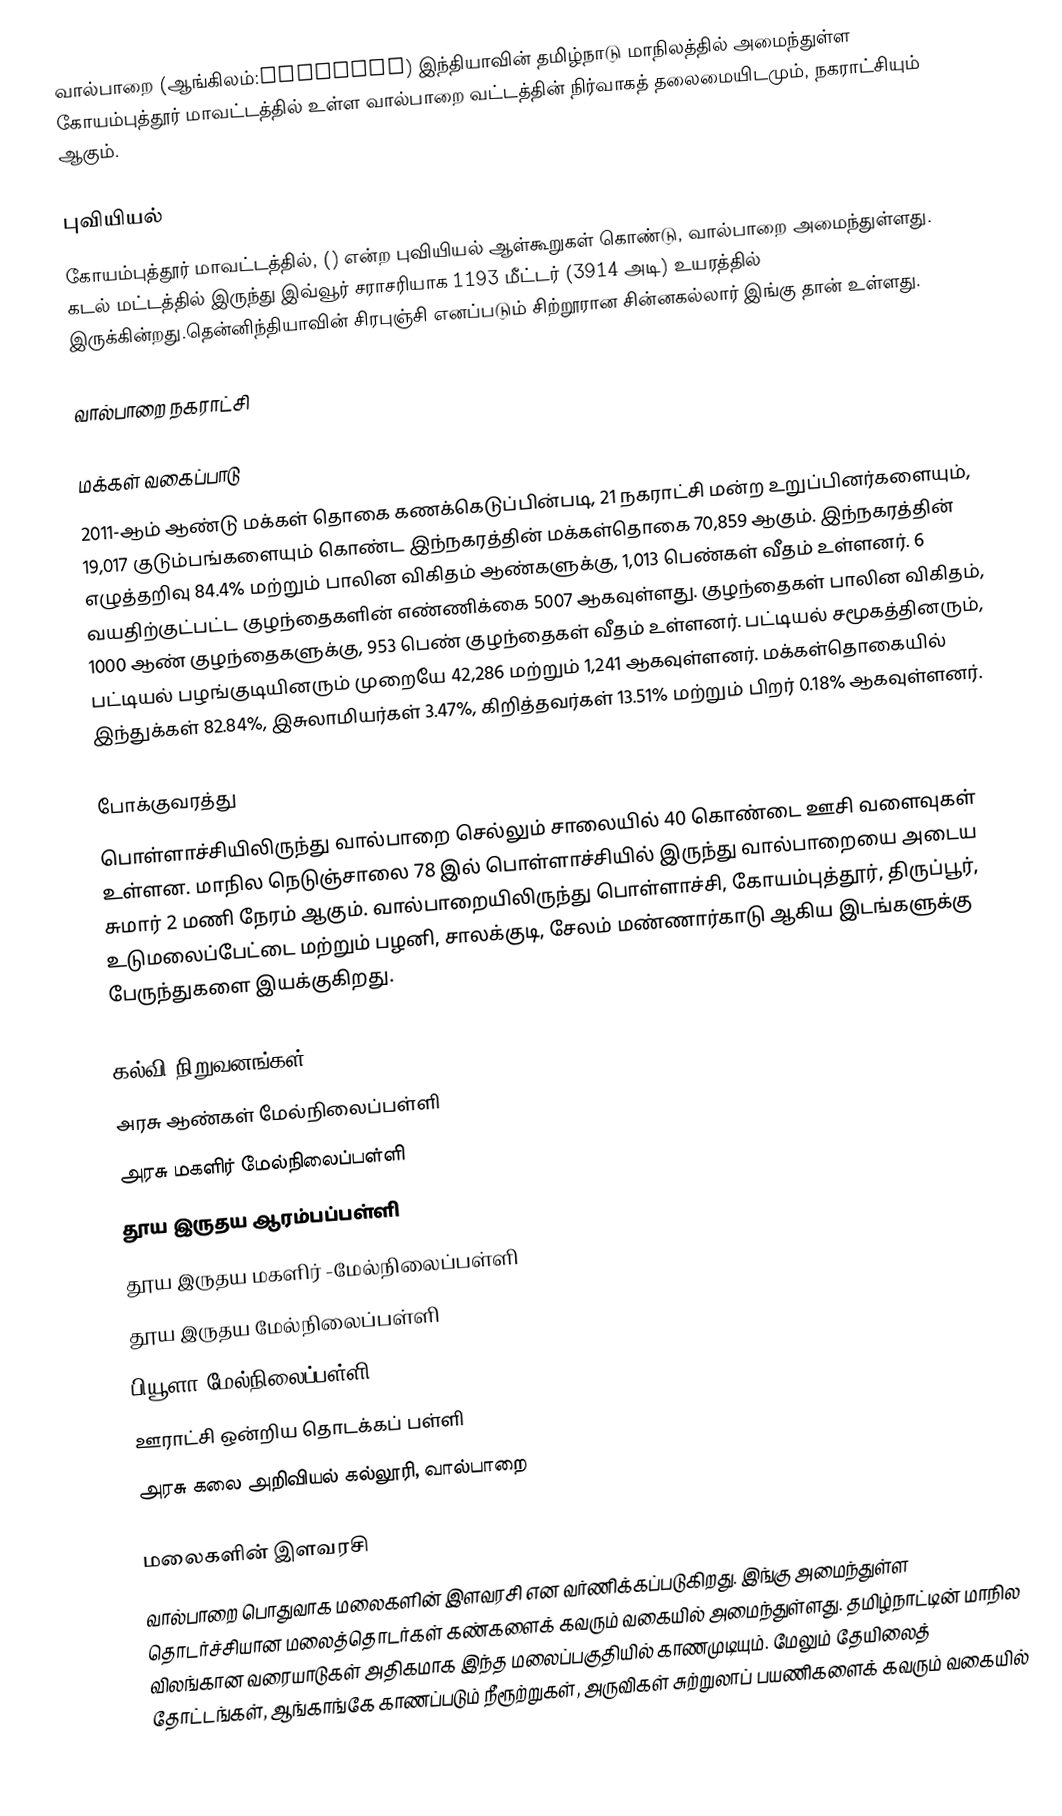
வால்பாறை (ஆங்கிலம்:Valparai) இந்தியாவின் தமிழ்நாடு மாநிலத்தில் அமைந்துள்ள கோயம்புத்தூர் மாவட்டத்தில் உள்ள வால்பாறை வட்டத்தின் நிர்வாகத் தலைமையிடமும், நகராட்சியும் ஆகும்.

புவியியல்
கோயம்புத்தூர் மாவட்டத்தில், () என்ற புவியியல் ஆள்கூறுகள் கொண்டு, வால்பாறை அமைந்துள்ளது. கடல் மட்டத்தில் இருந்து இவ்வூர் சராசரியாக 1193 மீட்டர் (3914 அடி) உயரத்தில் இருக்கின்றது.தென்னிந்தியாவின் சிரபுஞ்சி எனப்படும் சிற்றூரான சின்னகல்லார் இங்கு தான் உள்ளது.

வால்பாறை நகராட்சி

மக்கள் வகைப்பாடு
2011-ஆம் ஆண்டு மக்கள் தொகை கணக்கெடுப்பின்படி, 21 நகராட்சி மன்ற உறுப்பினர்களையும், 19,017 குடும்பங்களையும் கொண்ட இந்நகரத்தின் மக்கள்தொகை 70,859 ஆகும். இந்நகரத்தின் எழுத்தறிவு 84.4% மற்றும் பாலின விகிதம் ஆண்களுக்கு, 1,013 பெண்கள் வீதம் உள்ளனர். 6 வயதிற்குட்பட்ட குழந்தைகளின் எண்ணிக்கை 5007 ஆகவுள்ளது. குழந்தைகள் பாலின விகிதம், 1000 ஆண் குழந்தைகளுக்கு,  953 பெண் குழந்தைகள் வீதம் உள்ளனர். பட்டியல் சமூகத்தினரும், பட்டியல் பழங்குடியினரும் முறையே 42,286 மற்றும் 1,241 ஆகவுள்ளனர். மக்கள்தொகையில் இந்துக்கள் 82.84%,  இசுலாமியர்கள் 3.47%, கிறித்தவர்கள்  13.51% மற்றும்  பிறர் 0.18% ஆகவுள்ளனர்.

போக்குவரத்து
பொள்ளாச்சியிலிருந்து வால்பாறை செல்லும் சாலையில் 40 கொண்டை ஊசி வளைவுகள் உள்ளன. மாநில நெடுஞ்சாலை 78 இல் பொள்ளாச்சியில் இருந்து வால்பாறையை அடைய சுமார் 2 மணி நேரம் ஆகும். வால்பாறையிலிருந்து பொள்ளாச்சி, கோயம்புத்தூர், திருப்பூர், உடுமலைப்பேட்டை மற்றும் பழனி, சாலக்குடி,   சேலம் மண்ணார்காடு ஆகிய இடங்களுக்கு பேருந்துகளை இயக்குகிறது.

கல்வி நிறுவனங்கள்
 அரசு ஆண்கள் மேல்நிலைப்பள்ளி
 அரசு மகளிர் மேல்நிலைப்பள்ளி
 தூய இருதய ஆரம்பப்பள்ளி
 தூய இருதய மகளிர் -மேல்நிலைப்பள்ளி
 தூய இருதய மேல்நிலைப்பள்ளி
 பியூளா மேல்நிலைப்பள்ளி
 ஊராட்சி ஒன்றிய தொடக்கப் பள்ளி
 அரசு கலை அறிவியல் கல்லூரி, வால்பாறை

மலைகளின் இளவரசி
வால்பாறை பொதுவாக மலைகளின் இளவரசி என வர்ணிக்கப்படுகிறது. இங்கு அமைந்துள்ள தொடர்ச்சியான மலைத்தொடர்கள் கண்களைக் கவரும் வகையில் அமைந்துள்ளது. தமிழ்நாட்டின் மாநில விலங்கான வரையாடுகள் அதிகமாக இந்த மலைப்பகுதியில் காணமுடியும். மேலும் தேயிலைத் தோட்டங்கள், ஆங்காங்கே காணப்படும் நீரூற்றுகள், அருவிகள் சுற்றுலாப் பயணிகளைக் கவரும் வகையில்